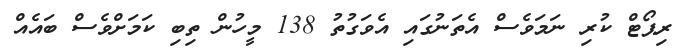
ރިޕޯޓް ކުރި ނަމަވެސް އެތަނުގައި އެވަގުތު 138 މީހުން ތިބި ކަމަށްވެސް ބައެއް